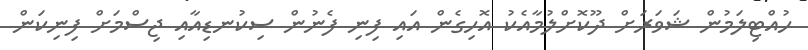
ހުއްޓިލަމުން ޝަވަރަށް ދޫކޮށްލުމާއެކު އޮހިގެން އައި ފިނި ފެނުން ސިކުނޑިއާއި ޖިސްމަށް ފިނިކަން